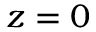
z = 0